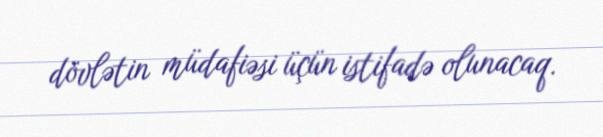
dövlətin müdafiəsi üçün istifadə olunacaq.